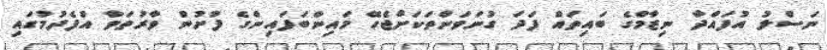
ނަސްލު އުފައްދާ ނިޒާމްގެ ބައިތައް ފަދަ ގުނަވަންތަކަށްޖެހޭ މައިންބަފައިންގެ ފުށުން ވާރުތަވާ އުފެދުމުގައި